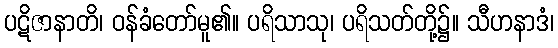
ပဋိဇာနာတိ၊ ဝန်ခံတော်မူ၏။ ပရိသာသု၊ ပရိသတ်တို့၌။ သီဟနာဒံ၊